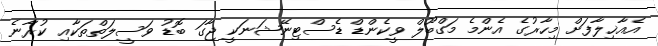
އެއާޚިލާފަށް މިހާރުގެ އެންމެ މަގްބޫލް ވީކެންޑް ޑެސްޓިނޭޝަނަކީ ޖާގަ ބޮޑު ވަސީލަތްތަކާއި ކުރާނެ